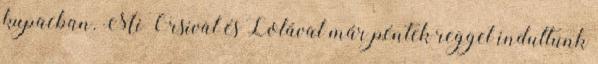
kupacban. Mi Orsival és Lolával már péntek reggel indultunk